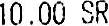
10.00 SR